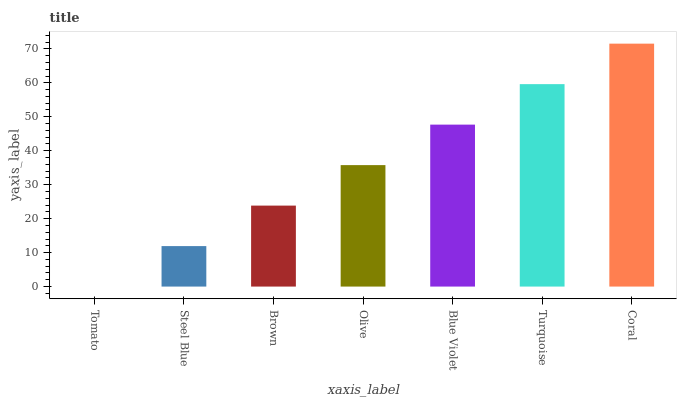
| xaxis_label | bars |
 | --- | --- |
 | Tomato | 0 |
 | Steel Blue | 11.9 |
 | Brown | 23.8 |
 | Olive | 35.8 |
 | Blue Violet | 47.7 |
 | Turquoise | 59.6 |
 | Coral | 71.5 |